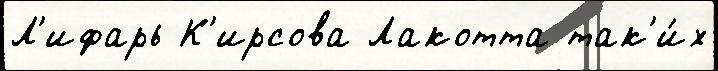
Л'ифарь К'ирсова Лакотта так'и́х